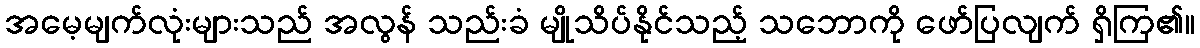
အမေ့မျက်လုံးများသည် အလွန် သည်းခံ မျိုသိပ်နိုင်သည့် သဘောကို ဖော်ပြလျက် ရှိကြ၏။